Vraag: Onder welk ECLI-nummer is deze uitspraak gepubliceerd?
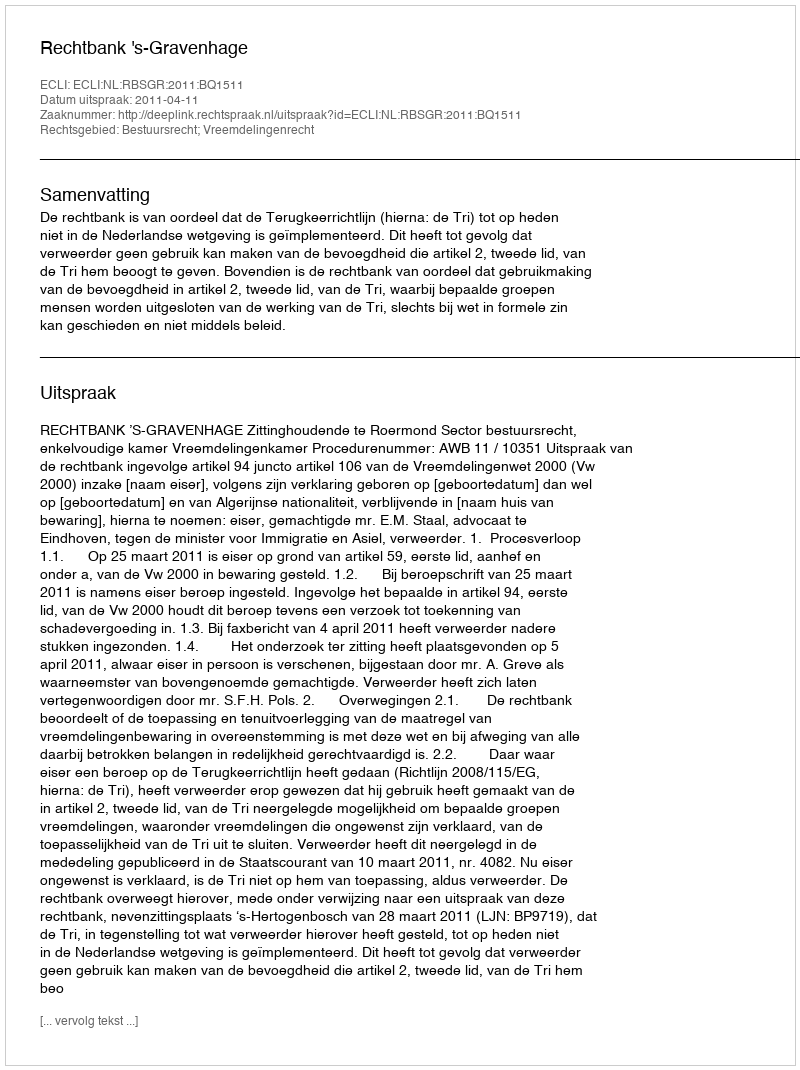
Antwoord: ECLI:NL:RBSGR:2011:BQ1511